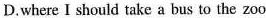
D.where I should take a bus to the zoo